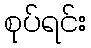
စုပ်ရင်း